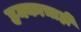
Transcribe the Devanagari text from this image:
हक्काचाही